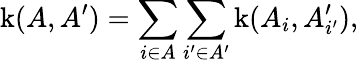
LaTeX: \operatorname{k}(A,A^{\prime})=\sum_{i\in A}\sum_{i^{\prime}\in A^{\prime}}\operatorname{k}(A_{i},A_{i^{\prime}}^{\prime}),